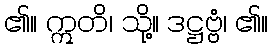
၏။ ဣတိ၊ သို့။ ဒဋ္ဌဗ္ဗံ၊ ၏။